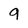
Character: g